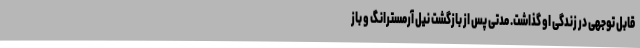
قابل توجهی در زندگی او گذاشت. مدتی پس از بازگشت نیل آرمسترانگ و باز